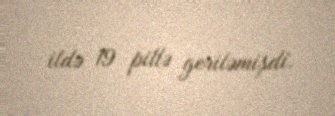
ildə 19 pillə geriləmişdi.